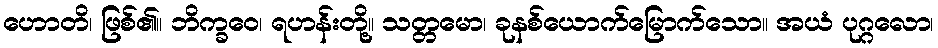
ဟောတိ၊ ဖြစ်၏။ ဘိက္ခဝေ၊ ရဟန်းတို့။ သတ္တမော၊ ခုနစ်ယောက်မြောက်သော။ အယံ ပုဂ္ဂလော၊